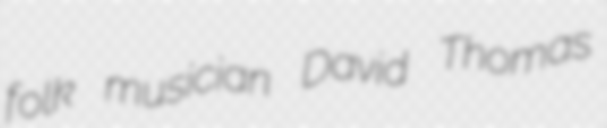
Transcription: folk musician David Thomas